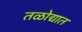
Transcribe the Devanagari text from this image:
तळोद्यात